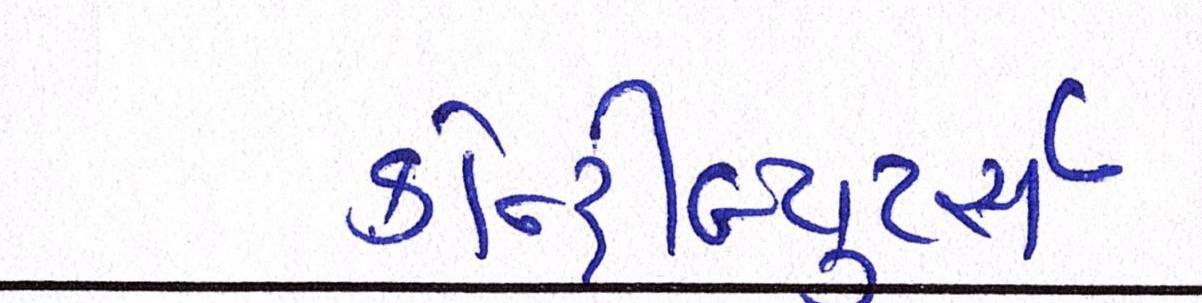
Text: કોન્ટ્રીબ્યૂટર્સઃ